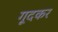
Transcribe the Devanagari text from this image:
गूदकर